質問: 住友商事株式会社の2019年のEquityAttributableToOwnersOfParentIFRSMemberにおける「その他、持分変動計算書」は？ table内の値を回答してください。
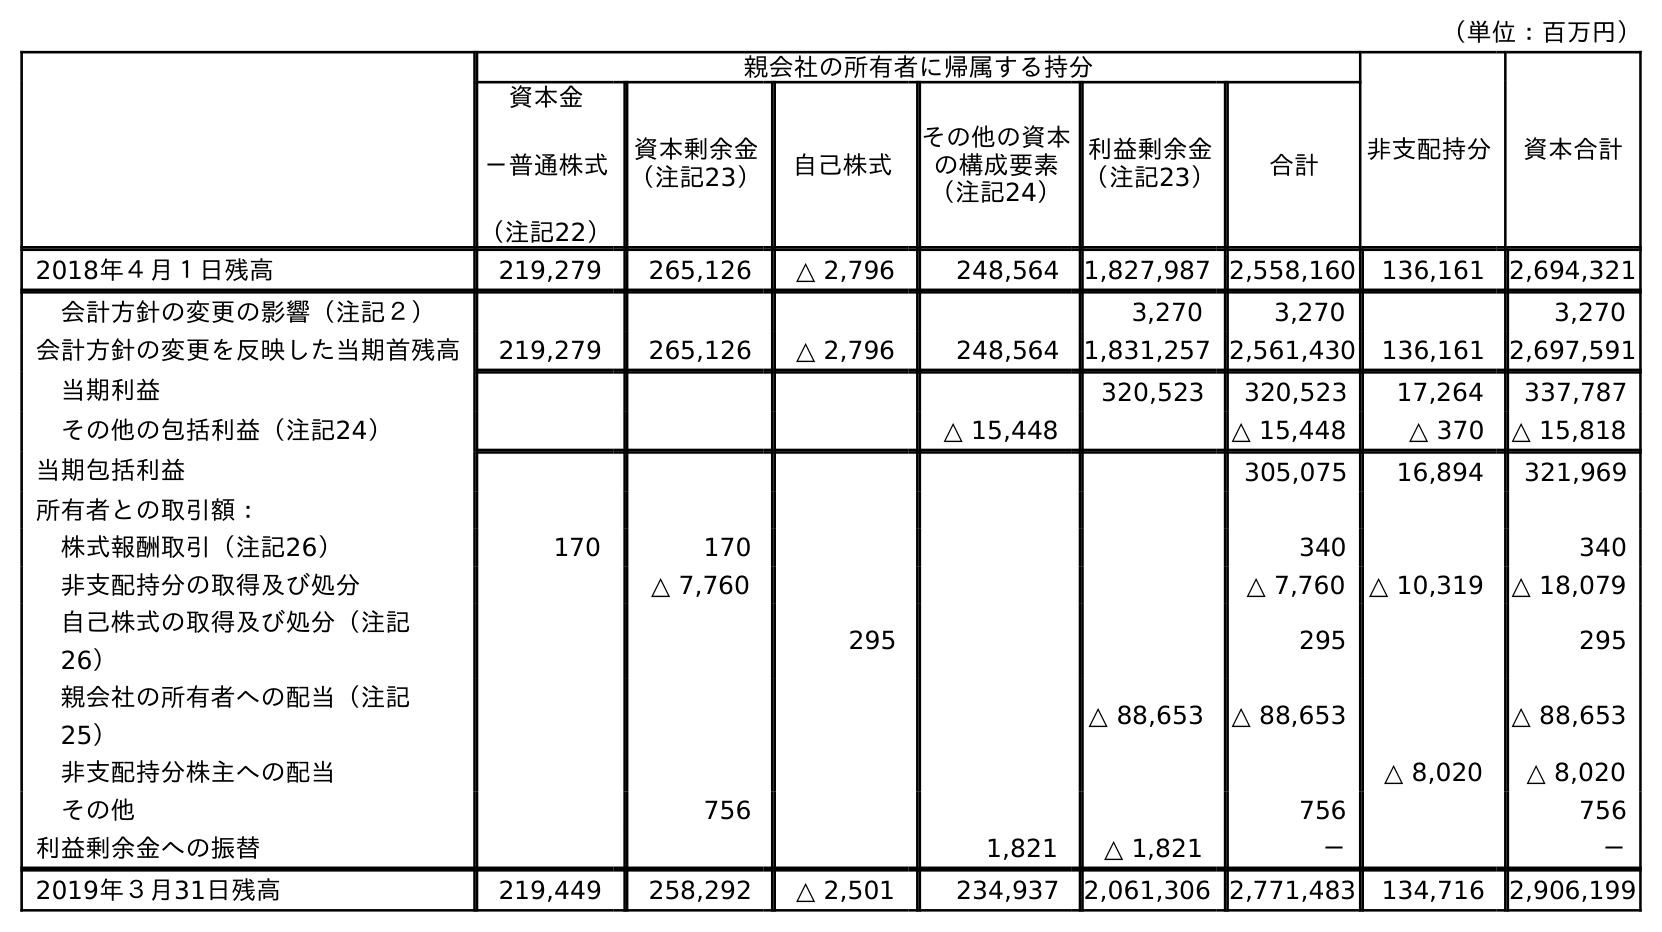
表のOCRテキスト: （単位：百万円） 親会社の所有者に帰属する持分 非支配持分 資本合計 資本金 －普通株式 （注記22） 資本剰余金 （注記23） 自己株式 その他の資本 の構成要素 （注記24） 利益剰余金 （注記23） 合計 2018年４月１日残高 219,279 265,126 △ 2,796 248,564 1,827,987 2,558,160 136,161 2,694,321 会計方針の変更の影響（注記２） 3,270 3,270 3,270 会計方針の変更を反映した当期首残高 219,279 265,126 △ 2,796 248,564 1,831,257 2,561,430 136,161 2,697,591 当期利益 320,523 320,523 17,264 337,787 その他の包括利益（注記24） △ 15,448 △ 15,448 △ 370 △ 15,818 当期包括利益 305,075 16,894 321,969 所有者との取引額： 株式報酬取引（注記26） 170 170 340 340 非支配持分の取得及び処分 △ 7,760 △ 7,760 △ 10,319 △ 18,079 自己株式の取得及び処分（注記 26） 295 295 295 親会社の所有者への配当（注記 25） △ 88,653 △ 88,653 △ 88,653 非支配持分株主への配当 △ 8,020 △ 8,020 その他 756 756 756 利益剰余金への振替 1,821 △ 1,821 － － 2019年３月31日残高 219,449 258,292 △ 2,501 234,937 2,061,306 2,771,483 134,716 2,906,199
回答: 756